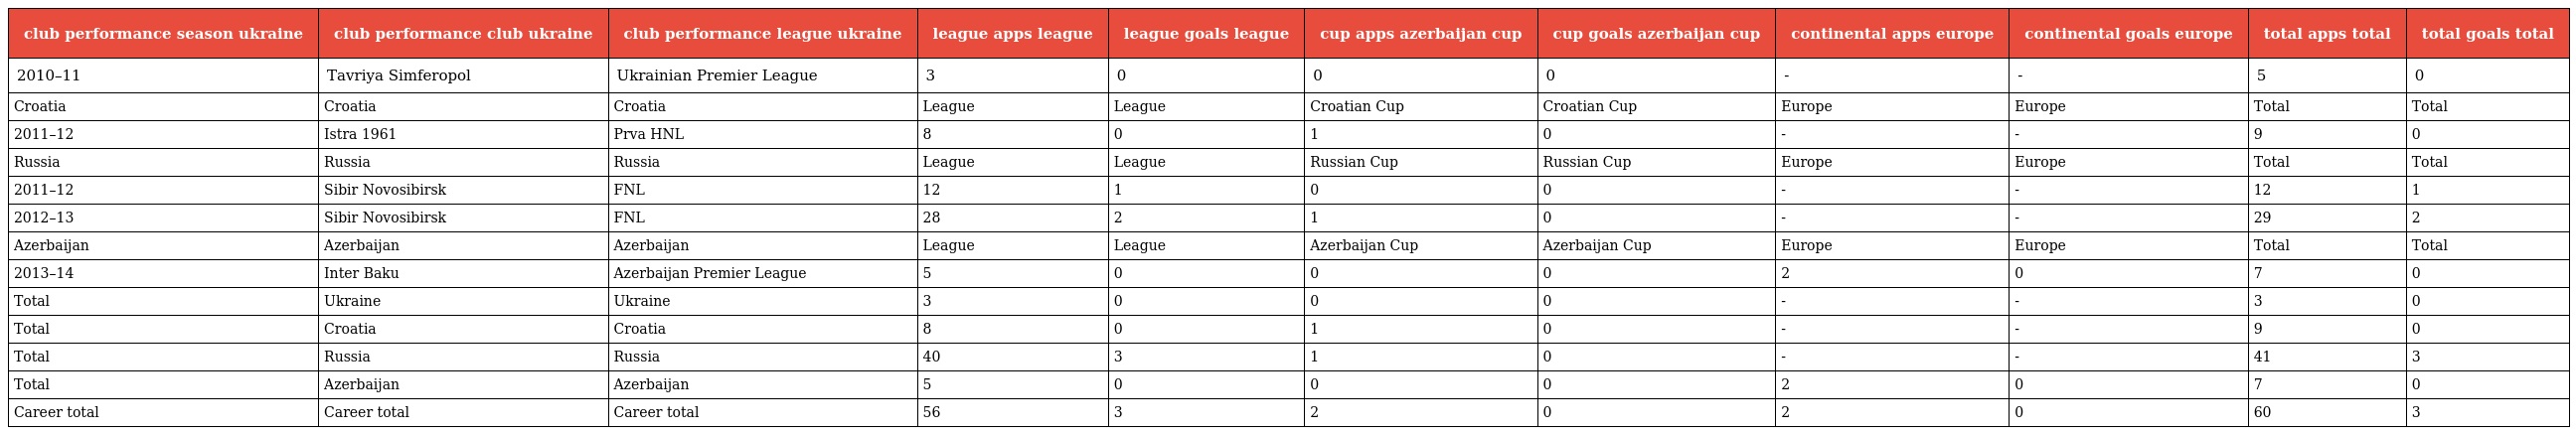
| club performance season ukraine | club performance club ukraine | club performance league ukraine | league apps league | league goals league | cup apps azerbaijan cup | cup goals azerbaijan cup | continental apps europe | continental goals europe | total apps total | total goals total |
 | --- | --- | --- | --- | --- | --- | --- | --- | --- | --- | --- |
 | 2010–11 | Tavriya Simferopol | Ukrainian Premier League | 3 | 0 | 0 | 0 | - | - | 5 | 0 |
 | Croatia | Croatia | Croatia | League | League | Croatian Cup | Croatian Cup | Europe | Europe | Total | Total |
 | 2011–12 | Istra 1961 | Prva HNL | 8 | 0 | 1 | 0 | - | - | 9 | 0 |
 | Russia | Russia | Russia | League | League | Russian Cup | Russian Cup | Europe | Europe | Total | Total |
 | 2011–12 | Sibir Novosibirsk | FNL | 12 | 1 | 0 | 0 | - | - | 12 | 1 |
 | 2012–13 | Sibir Novosibirsk | FNL | 28 | 2 | 1 | 0 | - | - | 29 | 2 |
 | Azerbaijan | Azerbaijan | Azerbaijan | League | League | Azerbaijan Cup | Azerbaijan Cup | Europe | Europe | Total | Total |
 | 2013–14 | Inter Baku | Azerbaijan Premier League | 5 | 0 | 0 | 0 | 2 | 0 | 7 | 0 |
 | Total | Ukraine | Ukraine | 3 | 0 | 0 | 0 | - | - | 3 | 0 |
 | Total | Croatia | Croatia | 8 | 0 | 1 | 0 | - | - | 9 | 0 |
 | Total | Russia | Russia | 40 | 3 | 1 | 0 | - | - | 41 | 3 |
 | Total | Azerbaijan | Azerbaijan | 5 | 0 | 0 | 0 | 2 | 0 | 7 | 0 |
 | Career total | Career total | Career total | 56 | 3 | 2 | 0 | 2 | 0 | 60 | 3 |